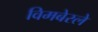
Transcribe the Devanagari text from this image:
विमबेरले